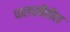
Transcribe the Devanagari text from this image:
पालखीतील